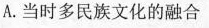
A.当时多民族文化的融合